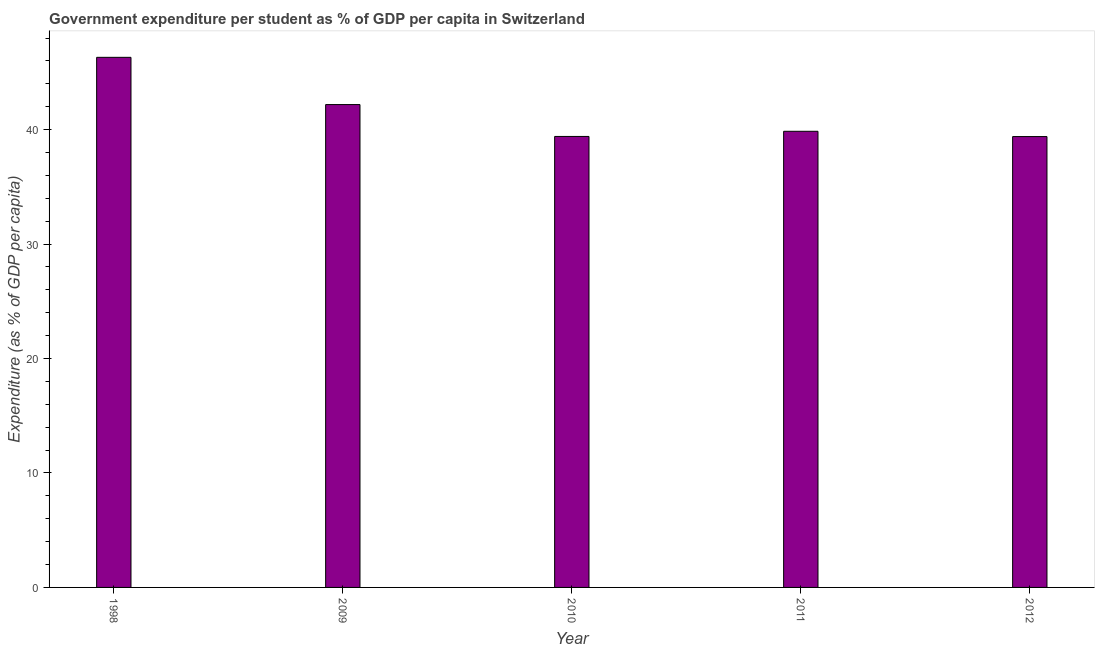
| Year | Government expenditure per tertiary student |
 | --- | --- |
 | 1998 | 46.3 |
 | 2009 | 42.2 |
 | 2010 | 39.4 |
 | 2011 | 39.9 |
 | 2012 | 39.4 |